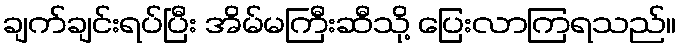
ချက်ချင်းရပ်ပြီး အိမ်မကြီးဆီသို့ ပြေးလာကြရသည်။